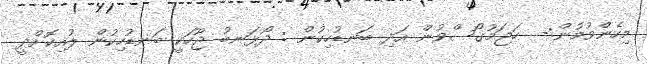
މިހެންވުމުން:-  ހަޖަމުގޯސްވުން އަދި ބަނޑުހިކުން : ދޯޅަނބު ޖޫހަކީ ބަނޑުހިކުން ލުއިކޮށްދީ